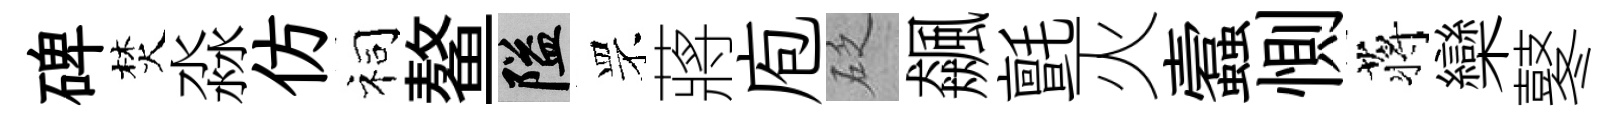
碑焚淼仿祠鳌隘罘蔣庖砭飆氈灭蠧惻蒋欒鼕